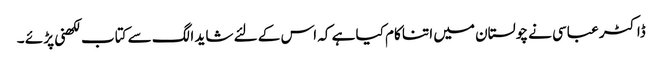
ڈاکٹر عباسی نے چولستان میں اتنا کام کیا ہے کہ اس کے لئے شاید الگ سے کتاب لکھنی پڑ ئے ۔